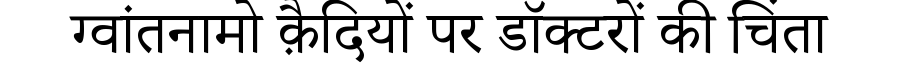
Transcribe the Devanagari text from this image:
ग्वांतनामो क़ैदियों पर डॉक्टरों की चिंता